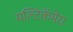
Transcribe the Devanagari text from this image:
मल्टिकॅमेरा